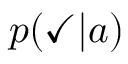
p ( \checkmark | a )